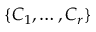
\{ C _ { 1 } , \ldots , C _ { r } \}